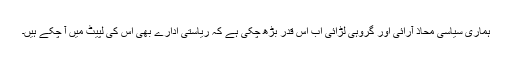
ہماری سیاسی محاذ آرائی اور گروہی لڑائی اب اس قدر بڑھ چکی ہے کہ ریاستی ادارے بھی اس کی لپیٹ میں آ چکے ہیں۔